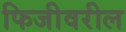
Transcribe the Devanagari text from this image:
फिजीवरील